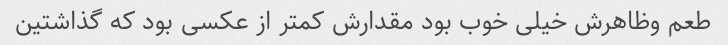
طعم وظاهرش خیلی خوب بود مقدارش کمتر از عکسی بود که گذاشتین